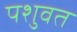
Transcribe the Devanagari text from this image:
पशुवत